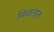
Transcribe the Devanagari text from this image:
मिळतात़